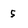
Character: 5